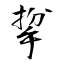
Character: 㧳